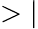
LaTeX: >|